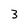
Character: 3